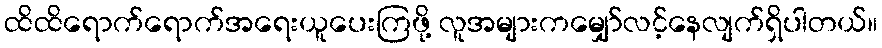
ထိထိရောက်ရောက်အရေးယူပေးကြဖို့ လူအများကမျှော်လင့်နေလျက်ရှိပါတယ်။